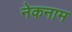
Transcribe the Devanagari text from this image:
नेकनाम